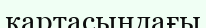
картасындағы